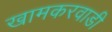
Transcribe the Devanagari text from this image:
खामकरवाडी